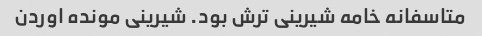
متاسفانه خامه شیرینی ترش بود. شیرینی مونده اوردن